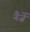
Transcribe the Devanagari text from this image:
नैज़ें